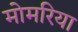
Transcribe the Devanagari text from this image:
मोमरिया